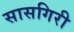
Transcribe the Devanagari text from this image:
सासगिरी